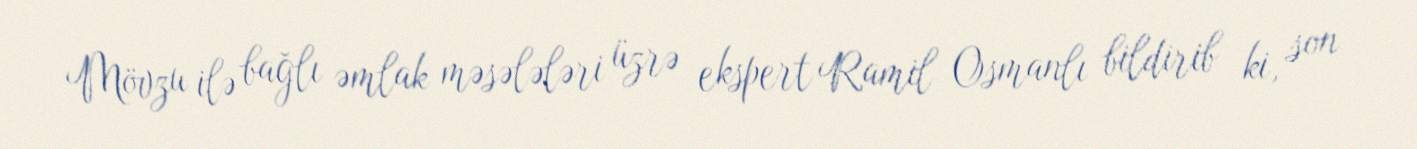
Mövzu ilə bağlı əmlak məsələləri üzrə ekspert Ramil Osmanlı bildirib ki, son